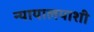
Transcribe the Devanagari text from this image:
न्यायालयाशी